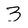
Character: 3